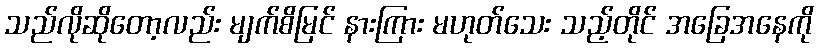
သည်လိုဆိုတော့လည်း မျက်စိမြင် နားကြား မဟုတ်သေး သည့်တိုင် အခြေအနေကို